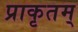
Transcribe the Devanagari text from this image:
प्राकृतम्